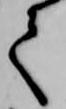
て